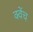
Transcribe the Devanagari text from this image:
क्वेंच